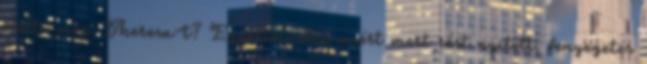
ölette meg Theresa-t? Egyértelműen azért mert rést nyitott, fenyegetés